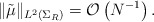
\begin{align*}\|\tilde{\mu}\|_{L^2(\Sigma_R)}= \mathcal{O} \left( N^{-1} \right).\end{align*}